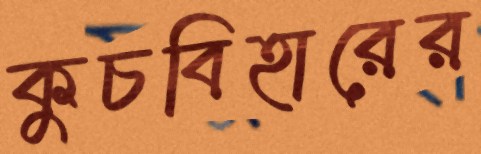
কুচবিহারের